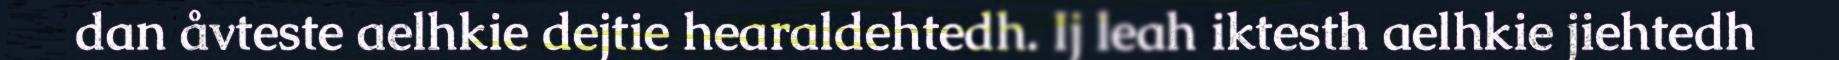
dan åvteste aelhkie dejtie hearaldehtedh. Ij leah iktesth aelhkie jiehtedh